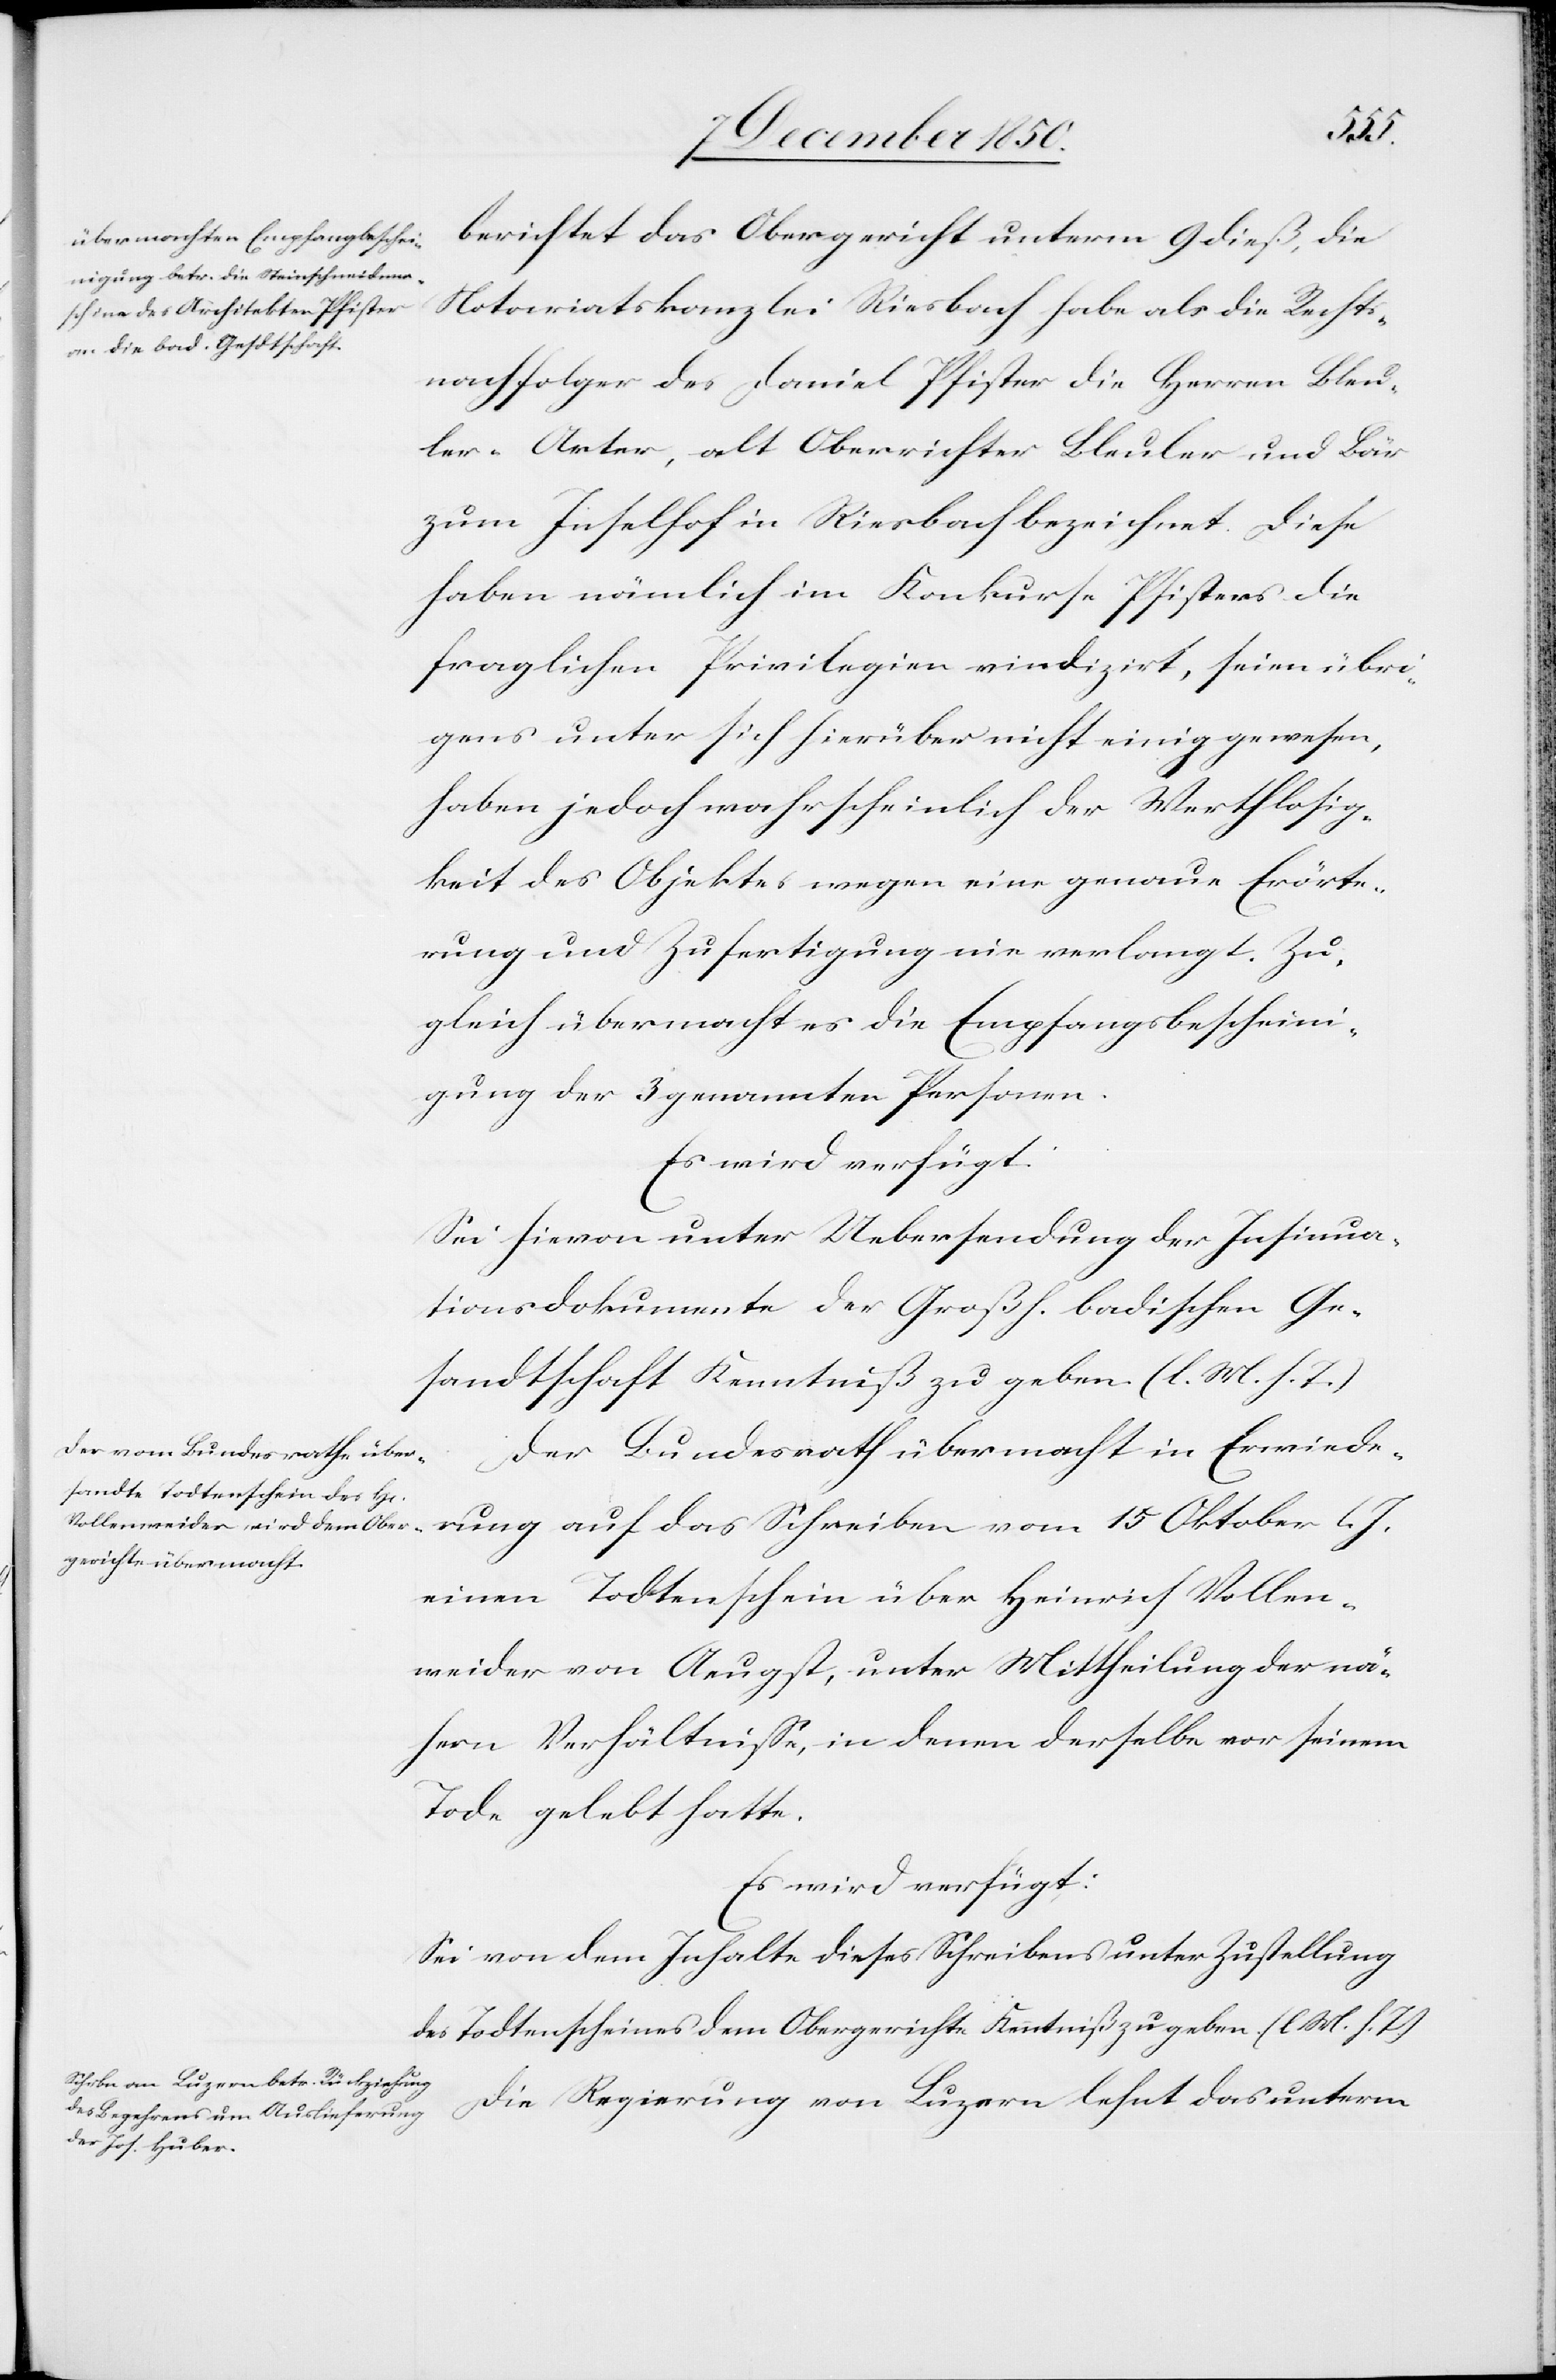
den
12 December 1850.]
berichtet das Obergericht unterm 9 dieß, die
Notariatskanzlei Riesbach habe als die Rechts¬
nachfolger des Daniel Pfister die Herren Bleu¬
ler-Arter, alt Oberrichter Bleuler und Bär
zum Inselhof in Riesbach bezeichnet. Diese
haben nämlich im Konkurse Pfisters die
fraglichen Privilegien vindizirt, seien übri¬
gens unter sich hierüber nicht einig gewesen,
haben jedoch wahrscheinlich der Werthlosig¬
keit des Objektes wegen eine genaue Erörte¬
rung und Zufertigung nie verlangt. Zu¬
gleich übermacht es die Empfangsbescheini¬
gung der 3 genannten Personen.
Es wird verfügt:
Sei hievon unter Uebersendung der Insinua¬
tionsdokumente der Großh. badischen Ge¬
sandtschaft Kenntniß zu geben. (l. M. h. T)
Der Bundesrath übermacht in Erwiede¬
rung auf das Schreiben vom 15 Oktober l.
einen Todtenschein über Heinrich Vollen¬
weider von Aeugst, unter Mittheilung der nä¬
hern Verhältnisse, in denen derselbe vor seinem
Tode gelebt hatte.
Es wird verfügt:
Sei von dem Inhalte dieses Schreibens unter Zustellung
des Todtenscheines dem Obergerichte Kenntniß zu geben. (l. M. h. T)
Die Regierung von Luzern lehnt das unterm